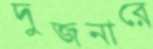
দুজনারে